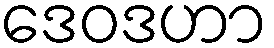
ဒေဝဒဟာ